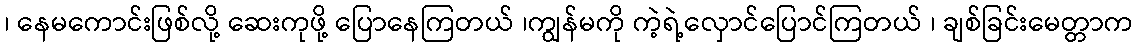
၊ နေမကောင်းဖြစ်လို့ ဆေးကုဖို့ ပြောနေကြတယ် ၊ကျွန်မကို ကဲ့ရဲ့လှောင်ပြောင်ကြတယ် ၊ ချစ်ခြင်းမေတ္တာက